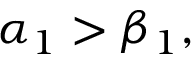
\alpha _ { 1 } > \beta _ { 1 } ,